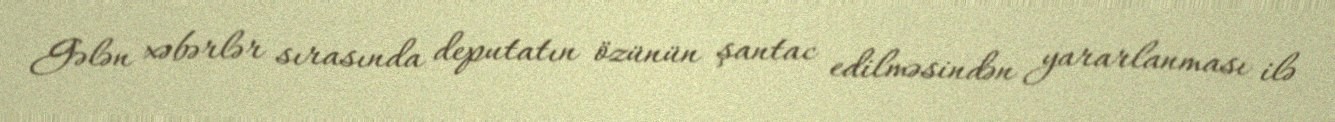
Gələn xəbərlər sırasında deputatın özünün şantac edilməsindən yararlanması ilə